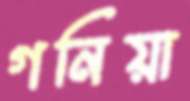
গনিয়া